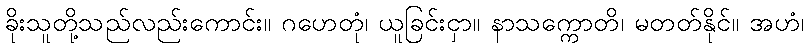
ခိုးသူတို့သည်လည်းကောင်း။ ဂဟေတုံ၊ ယူခြင်းငှာ။ နာသက္ကောတိ၊ မတတ်နိုင်။ အဟံ၊